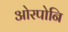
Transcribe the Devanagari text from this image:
ओरपोनि